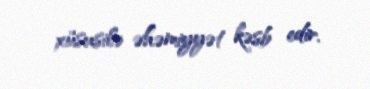
xüsusilə əhəmiyyət kəsb edir.